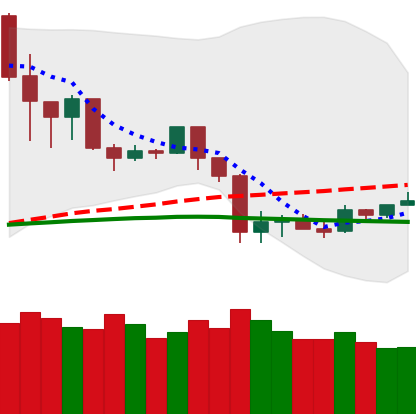
Ticker: TRX-USD
Chart end date: 2020-03-05
Forward return: -15.571%
Label: down_7plus